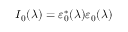
I _ { 0 } ( \lambda ) = \varepsilon _ { 0 } ^ { * } ( \lambda ) \varepsilon _ { 0 } ( \lambda )